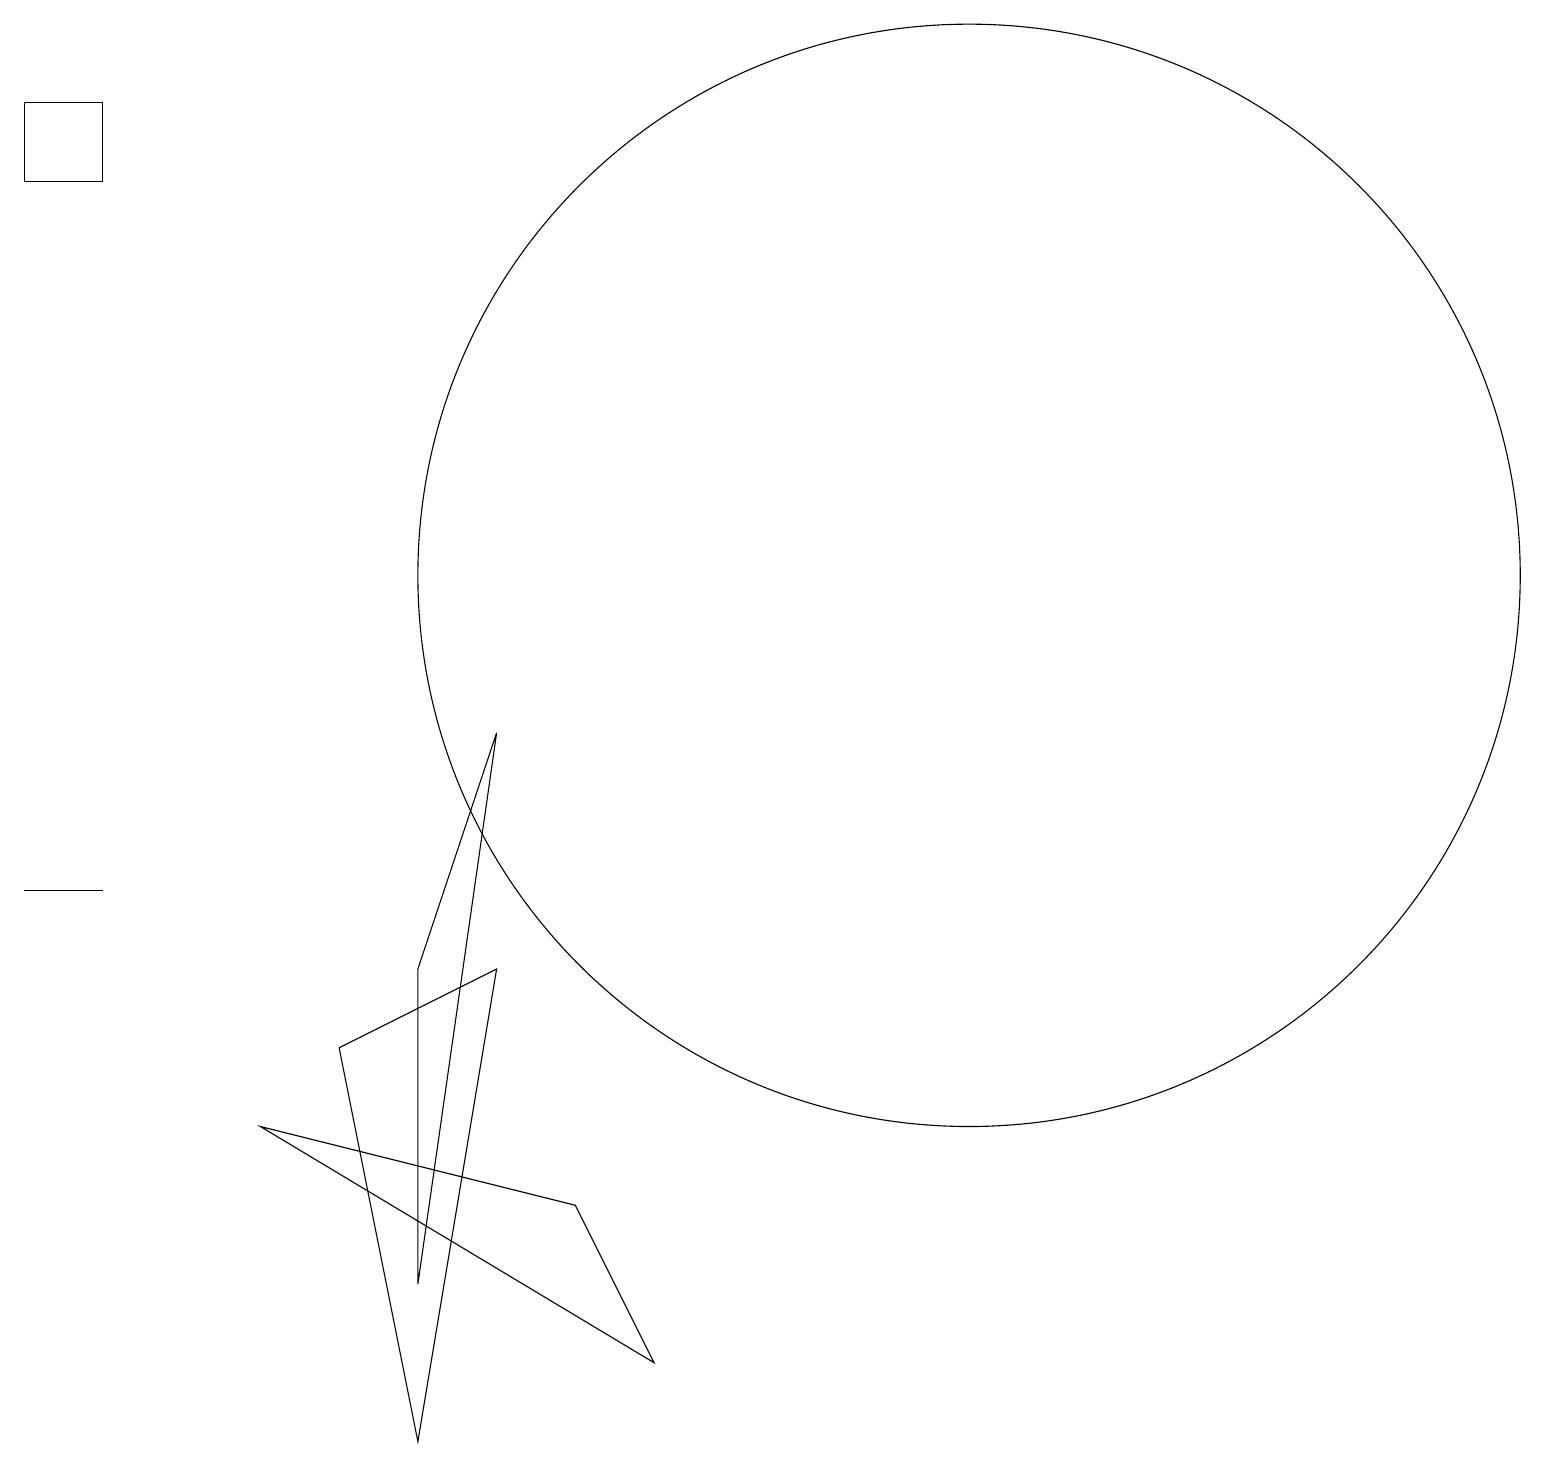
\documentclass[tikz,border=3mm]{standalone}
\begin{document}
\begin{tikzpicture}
\draw (1,7) -- (1,7) -- (0,7) -- cycle;
\draw (6,6) -- (4,5) -- (5,0) -- cycle;
\draw (12,11) circle (7);
\draw (5,2) -- (6,9) -- (5,6) -- cycle;
\draw (7,3) -- (3,4) -- (8,1) -- cycle;
\draw (1,16) rectangle (0,17);
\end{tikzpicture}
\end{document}